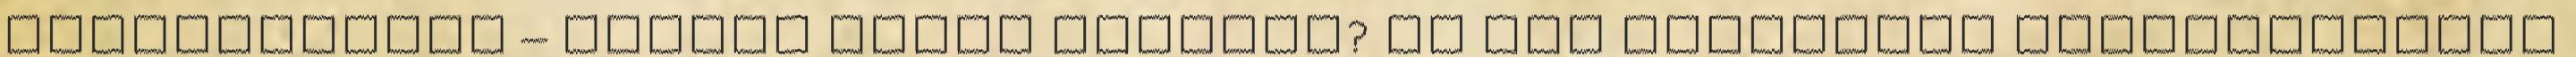
Egyeztetések – valami talán elindul? Ha már diktatúra Fogyatékosügy